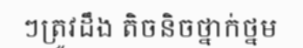
ៗត្រូវដឹង តិចនិចថ្នាក់ថ្នម